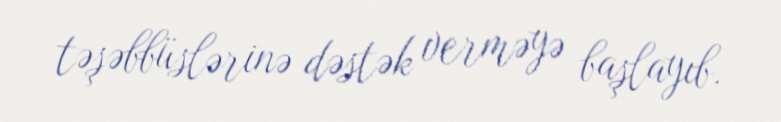
təşəbbüslərinə dəstək verməyə başlayıb.